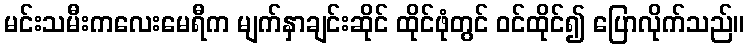
မင်းသမီးကလေးမေရီက မျက်နှာချင်းဆိုင် ထိုင်ဖုံတွင် ဝင်ထိုင်၍ ပြောလိုက်သည်။